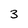
Character: 3